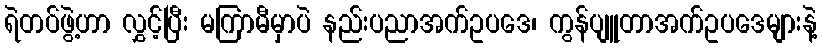
ရဲတပ်ဖွဲ့ဟာ လွှင့်ပြီး မကြာမီမှာပဲ နည်းပညာအက်ဥပဒေ၊ ကွန်ပျူတာအက်ဥပဒေများနဲ့